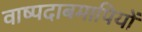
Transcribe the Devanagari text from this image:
वाष्पदाबमापियों